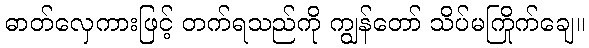
ဓာတ်လှေကားဖြင့် တက်ရသည်ကို ကျွန်တော် သိပ်မကြိုက်ချေ။